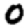
Digit: 0